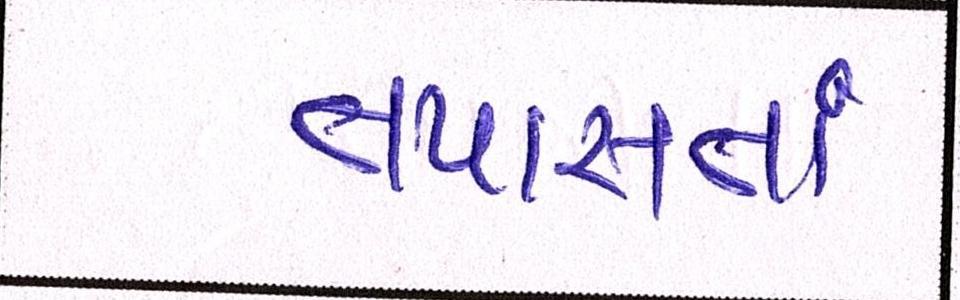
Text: તપાસતાં